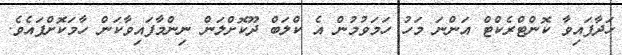
ހަދާފައިވާ ކޮންޓްރެކްޓް އަންނަ މަހު ހަމަވުމުން އެ ކްލަބް ދޫކޮށްލަން ނިންމާފައިވާކަން ހާމަކޮށްފައެވެ.